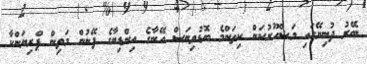
ބޭރު ދުނިޔޭގައި މަޝްހޫރުކަން ކިތަންމެ ބޮޑުވިޔަސް އޭނާގެ އިންޑިޔާގެ ފޭނުން މަތިން ޕްރިޔަންކާ